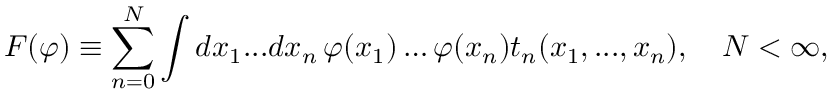
F ( \varphi ) \equiv \sum _ { n = 0 } ^ { N } \int d x _ { 1 } . . . d x _ { n } \, \varphi ( x _ { 1 } ) \ldots \varphi ( x _ { n } ) t _ { n } ( x _ { 1 } , . . . , x _ { n } ) , \quad N < \infty ,